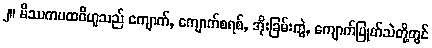
၂။ မိဿကပထဝီဟူသည် ကျောက်, ကျောက်စရစ်, အိုးခြမ်းကွဲ, ကျောက်ပြုတ်သဲတို့တွင်